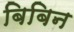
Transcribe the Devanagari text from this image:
बिबिन